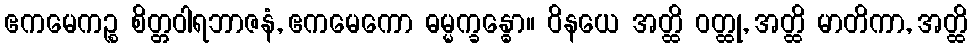
ဧကမေကဉ္စ စိတ္တဝါရဘာဇနံ, ဧကမေကော ဓမ္မက္ခန္ဓော။ ဝိနယေ အတ္ထိ ဝတ္ထု, အတ္ထိ မာတိကာ, အတ္ထိ